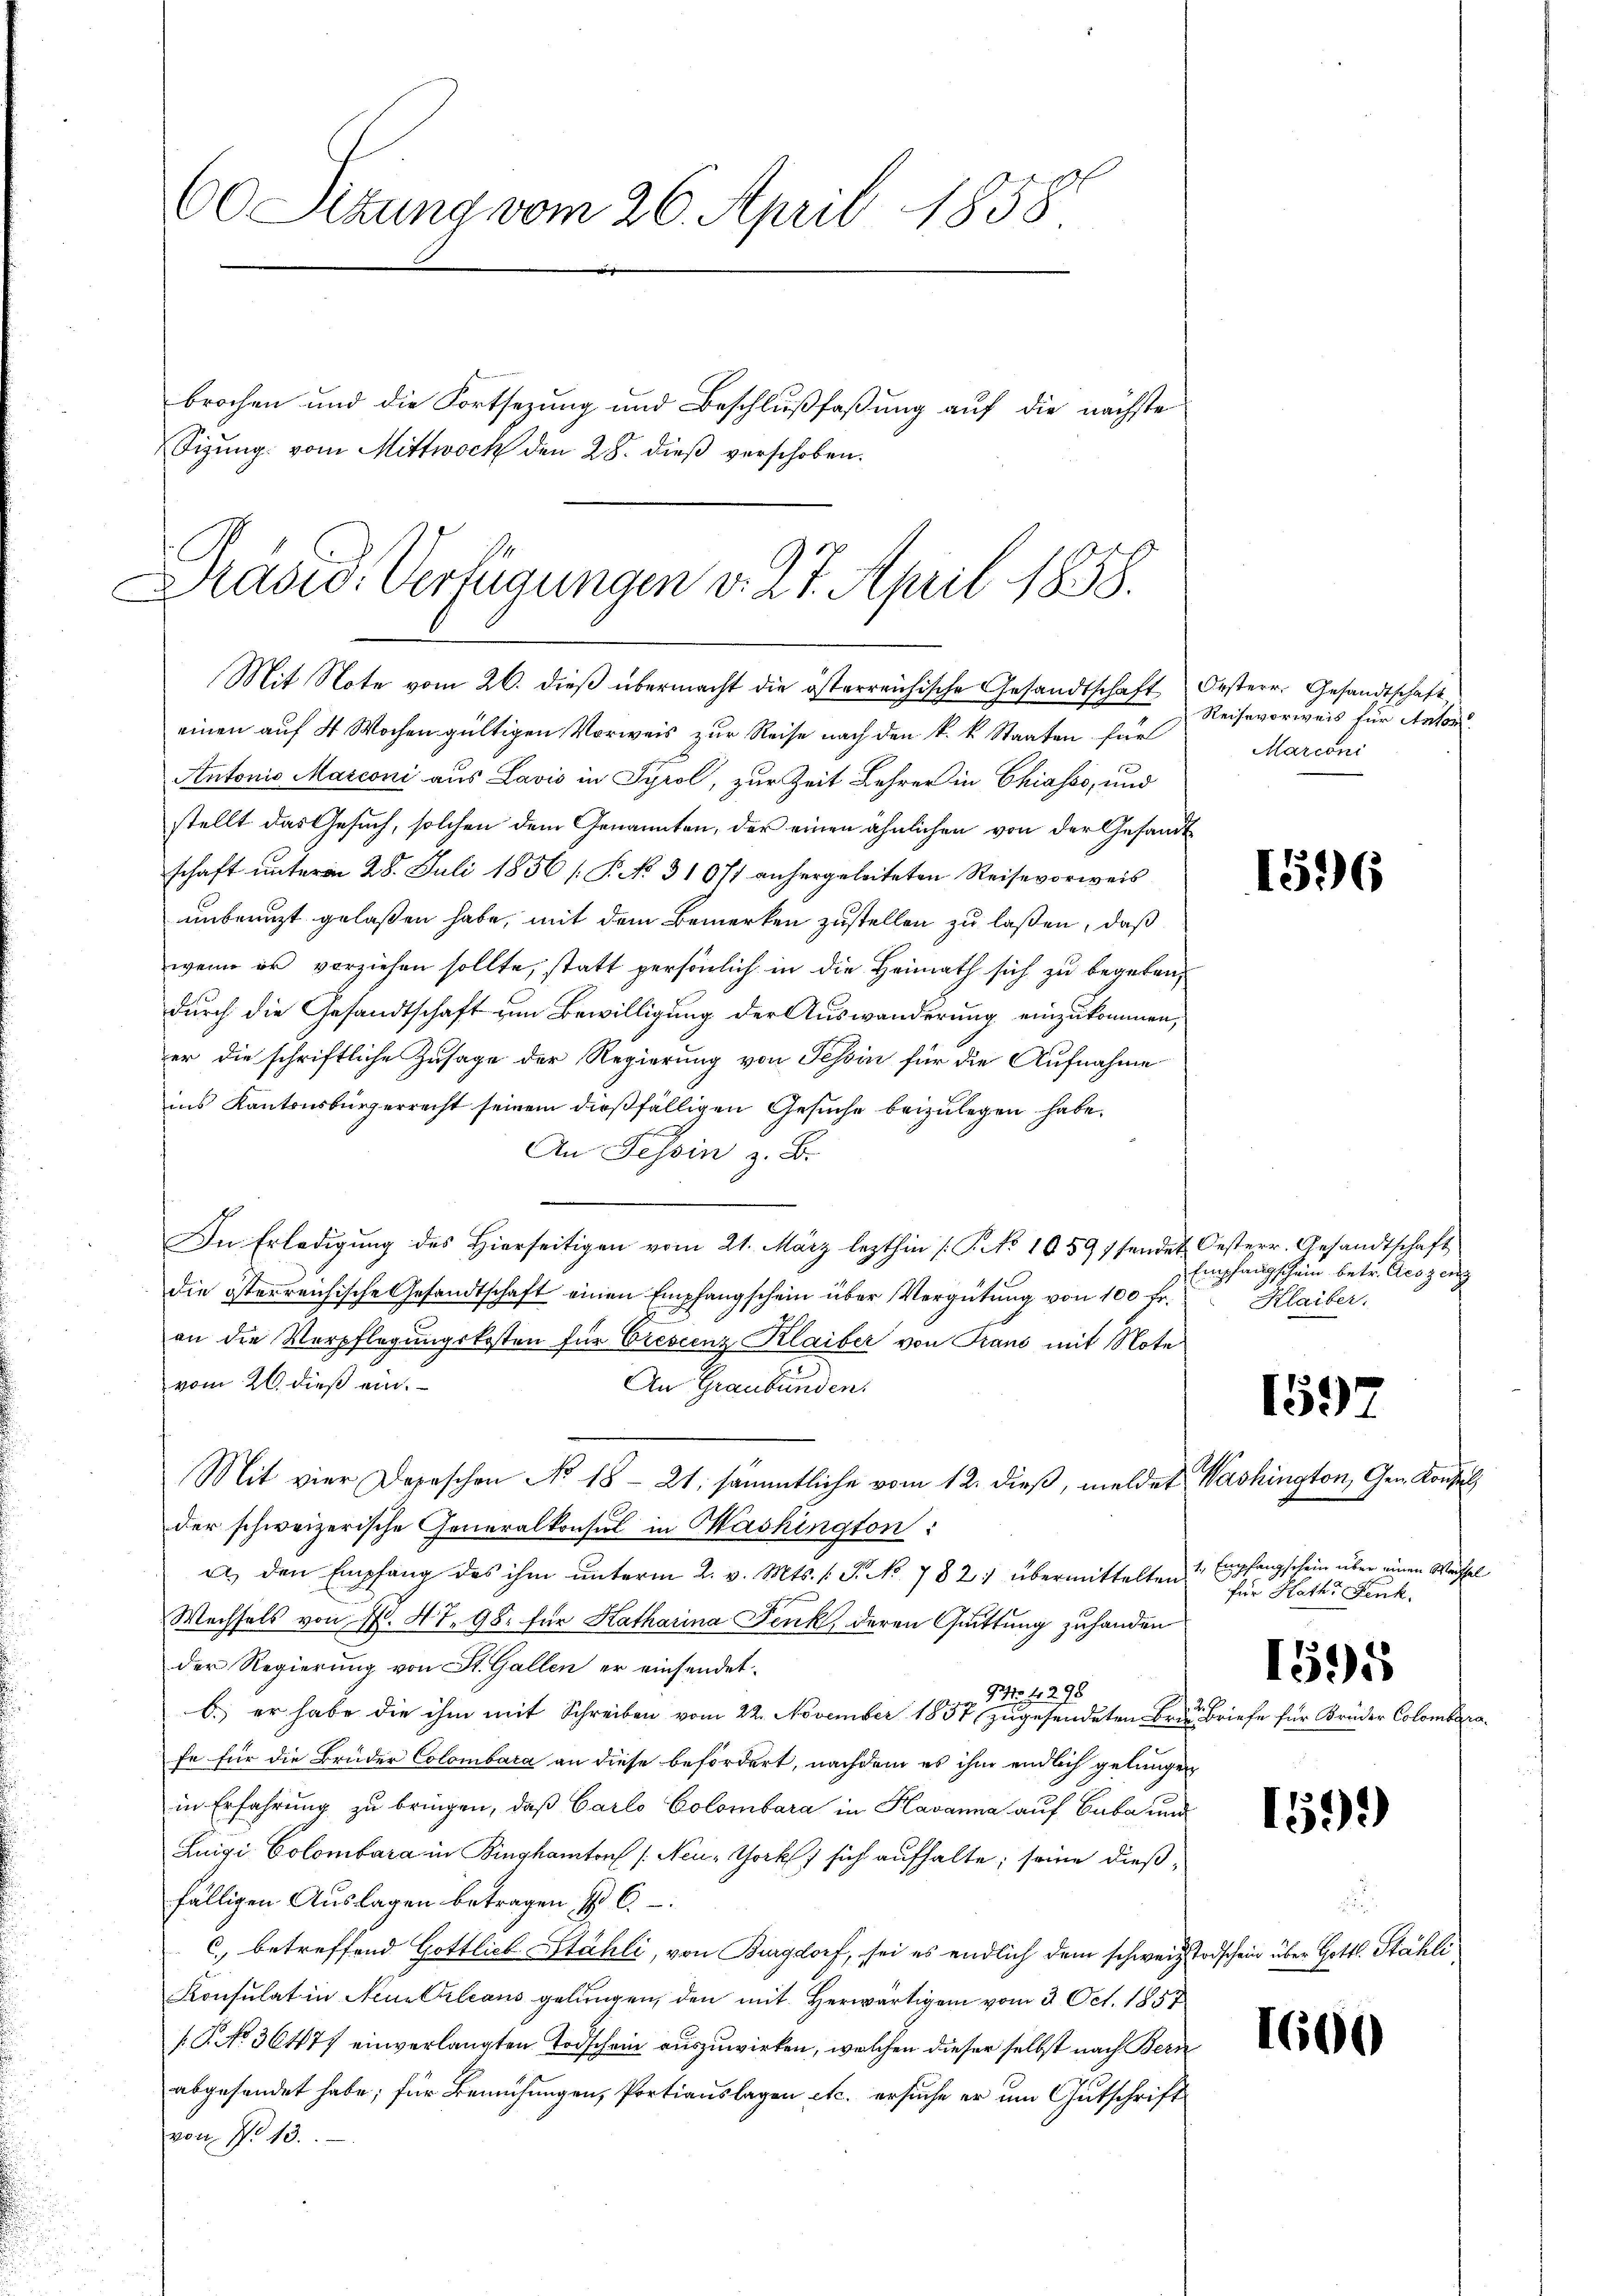
60 Sezung vom 26. April 1858
brochen und die Fortsetzung und Beschlußfaßung auf die nächste
Sizung vom Mittwoch den 28. dieß verschoben.

Präsid. Verfügungen v. 27. April 1858.
Mit Note vom 26. dieβ übermacht die österreichische Gesandtschaft Oesterr. Gesandtschaft

einen auf 4 Wochen gültigen Vorweis zur Reise nach den k. k. Staaten für
Antonio Marconi aus Lavis in Tyrol, zur Zeit Lehrer in Chiasso, und
stellt das Gesuch, solchen dem Genannten, der einen ähnlichen von der Gesandtschaft unterm 28. Juli 1856 [P No. 31071 anhergeleiteten Reise vorweis
unbenuzt gelaßen habe, mit dem Bemerken zustellen zu laßen, daß
wenn er vorziehen sollte, statt persönlich in die Heimath sich zu begeben,
durch die Gesandtschaft vom Bewilligung der Auswanderung einzukommen,
er die schriftliche Zusage der Regierung von Tessin für die Aufnahme
ins Kantonsbürgerrecht seinem dießfälligen Gesuche beizulegen habe.
An Tessin z. B.
In Erledigung des Hierseitigen vom 21. März lezthin [No 1059 sendet Oesterr. Gesandtschaft
die österreichische Gesandtschaft einen Empfangschein über Vergütung von 100 fr.
an die Verpflegungskosten für Crescenz Klaiber von Trano mit Note
vom 26. dieß ein.
An Graubünden.
Mit vier Depeschen No 18-21. sämmtliche vom 12. dieß, meldet Washington, Gem. Konsul
der schweizerische Generalkonsul in Washington:
a. den Empfang des ihm unterm 2. v. Mts. f. P. No. 782: übermittelten Empfangschein über einen Wachsel
Wachsels von N. 47. 98. für Katharina Fenk, deren Quittung zuhanden
der Regierung von St. Gallen er einsendet.
95. 41298
b. er habe die ihm mit Schreiben vom 22. November 1857 zugesendeten Brauen Briefe für Brüder Colombarafe für die Bruder Colombara an diese befördert, nachdem es ihm endlich gelangen
in Erfahrung zu bringen, daß Carlo Colombara in Havanna auf Cuba und
Luigi Colombara in Bingkantons (Neuz York sich aufhalte; seine dießfälligen Auslagen betragen 4 C
c., betreffend Gottlich Stähli, von Burgdorf, sei es endlich dem schweiz. Todschein über Gottl. Stähli
Konsulat in Neue Crleans gelungen, den mit Herwärtigem vom 3. Oct. 1857
/.P. No. 36477 einverlangten Todschein auszuwirken, welchen dieser selbst nach Bern
abgesendet habe; für Bemühungen, Portiauslagen etc. ersuche er um Gutschrift
von No 13.

Reisevorweis für Anton
Marconi

1596

Empfangschein betr. Acezeng
Klaiber.

1597

für Haths Fenk.

1595

1599)

r

1600